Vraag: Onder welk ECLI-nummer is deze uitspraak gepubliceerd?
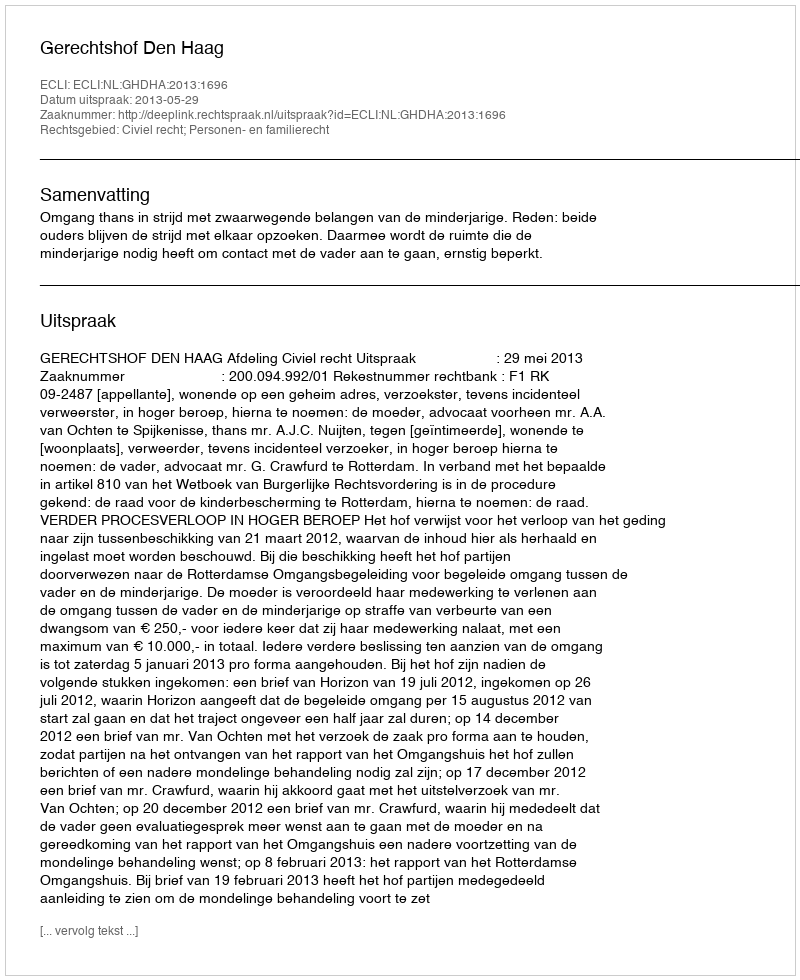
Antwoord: ECLI:NL:GHDHA:2013:1696